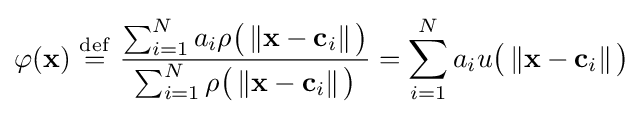
\varphi (\mathbf {x} )\ {\stackrel {\mathrm {def} }{=}}\ {\frac {\sum _{i=1}^{N}a_{i}\rho {\big (}\left\Vert \mathbf {x} -\mathbf {c} _{i}\right\Vert {\big )}}{\sum _{i=1}^{N}\rho {\big (}\left\Vert \mathbf {x} -\mathbf {c} _{i}\right\Vert {\big )}}}=\sum _{i=1}^{N}a_{i}u{\big (}\left\Vert \mathbf {x} -\mathbf {c} _{i}\right\Vert {\big )}